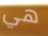
هي